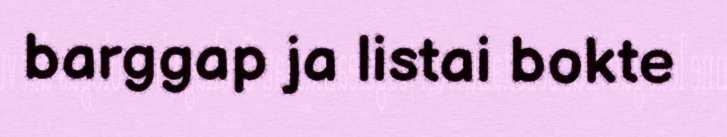
barggap ja listai bokte